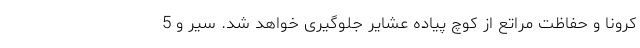
کرونا و حفاظت مراتع از کوچ پیاده عشایر جلوگیری خواهد شد. سیر و 5